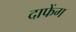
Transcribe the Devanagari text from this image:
दाफेंग